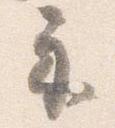
示